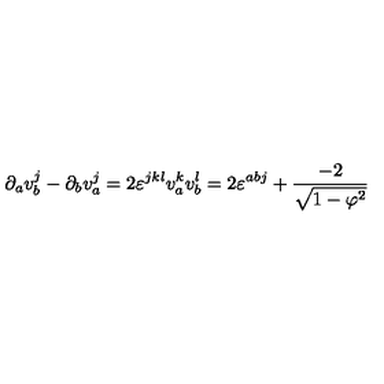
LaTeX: \partial _ { a } v _ { b } ^ { j } - \partial _ { b } v _ { a } ^ { j } = 2 \varepsilon ^ { j k l } v _ { a } ^ { k } v _ { b } ^ { l } = 2 \varepsilon ^ { a b j } + \frac { - 2 } { \sqrt { 1 - \varphi ^ { 2 } } }